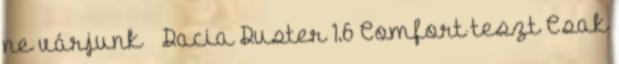
ne várjunk – Dacia Duster 1.6 Comfort teszt Csak